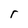
Character: r